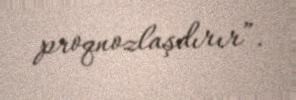
proqnozlaşdırır”.